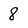
Character: 8